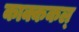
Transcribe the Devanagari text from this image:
काक्ककल्